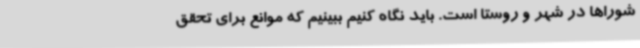
شوراها در شهر و روستا است. باید نگاه کنیم ببینیم که موانع برای تحقق